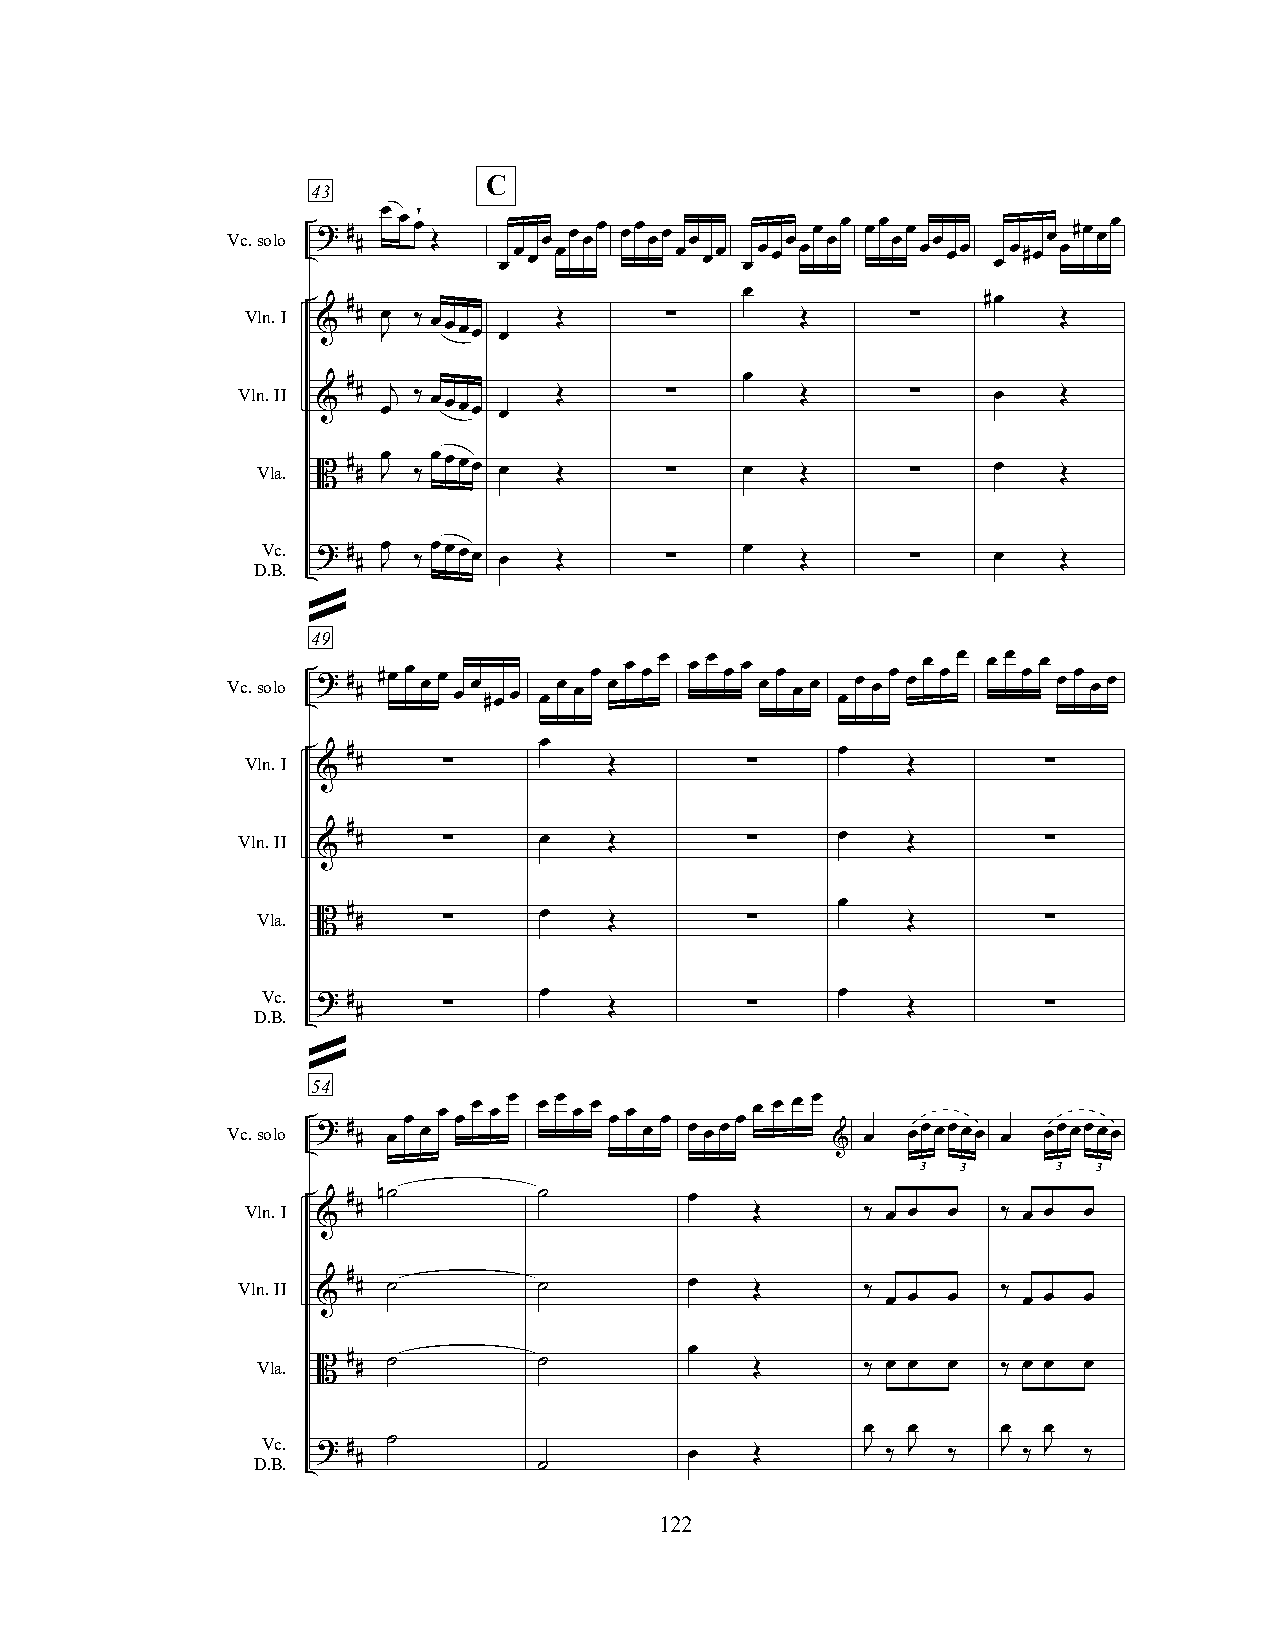
C
 43
 œ  ¥
 Vc.solo ? # # œ œ Œ œœ œœ œœ œœ œœ œœ œœ œœ œœ œœ œœ œœ œœ œœ œœ œœ œœ #œœ œ#œ œœ
 œ
 #                                         #œ
 Vln.I & # Jœ ‰ œœœœ
 œ
 Œ      ∑        Œ      ∑         Œ
 #                         œ
 Vln.II & # œj ‰ œœœœ
 œ
 Œ      ∑        Œ      ∑     œ   Œ
 Vla. B # #
 Jœ
 ‰
 œœœœ
 œ   Œ      ∑    œ   Œ      ∑     œ   Œ
 DV .Bc. . ? # # Jœ ‰ œœœœ œ Œ ∑ œ   Œ      ∑     œ   Œ
 »
 49
 Vc.solo ? # # #œ œ œ œ œ œ #œ œ œ œ œ œ œ œ œ œ œ œ œ œ œ œ œ œ œ œ œ œ œ œ œ œ œ œ œ œ œ œ œ œ
 œ
 #                                œ
 Vln.I   #    ∑          Œ        ∑          Œ        ∑
 &
 #
 Vln.II  #    ∑      œ   Œ        ∑      œ   Œ        ∑
 &
 œ
 Vla.  #            œ
 B  #    ∑          Œ        ∑          Œ        ∑
 Vc.                œ                   œ
 ? #
 D.B.   #    ∑          Œ        ∑          Œ        ∑
 »
 54
 œ œ œ œ œ œ œ œ œ    œ œ œ œ
 œ  œ         œ   œ    œ
 Vc.solo ? #
 # œ
 œ              œ  œ œœ
 & œ
 œœœœœœ
 œ
 œœœœœœ
 3  3     3  3
 # n˙         ˙         œ
 Vln.I & #                         Œ      ‰ œ œ œ  ‰ œ œ œ
 #
 Vln.II  # ˙         ˙         œ   Œ      ‰        ‰
 &                                     œ œ œ    œ œ œ
 œ
 Vla. B # # ˙       ˙             Œ      ‰ œ œ œ  ‰ œ œ œ
 œ  œ     œ  œ
 Vc.      ˙
 ? #                                 J  J     J  J
 D.B.   #                     œ   Œ        ‰   ‰    ‰   ‰
 ˙
 122